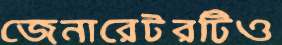
জেনারেটরটিও